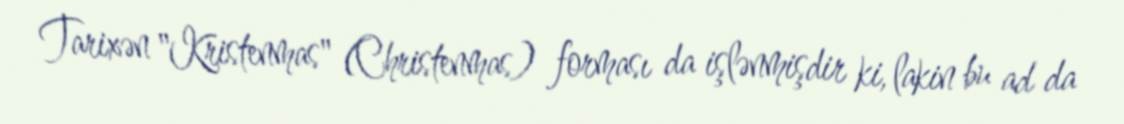
Tarixən "Kristenmas" (Christenmas) forması da işlənmişdir ki, lakin bu ad da